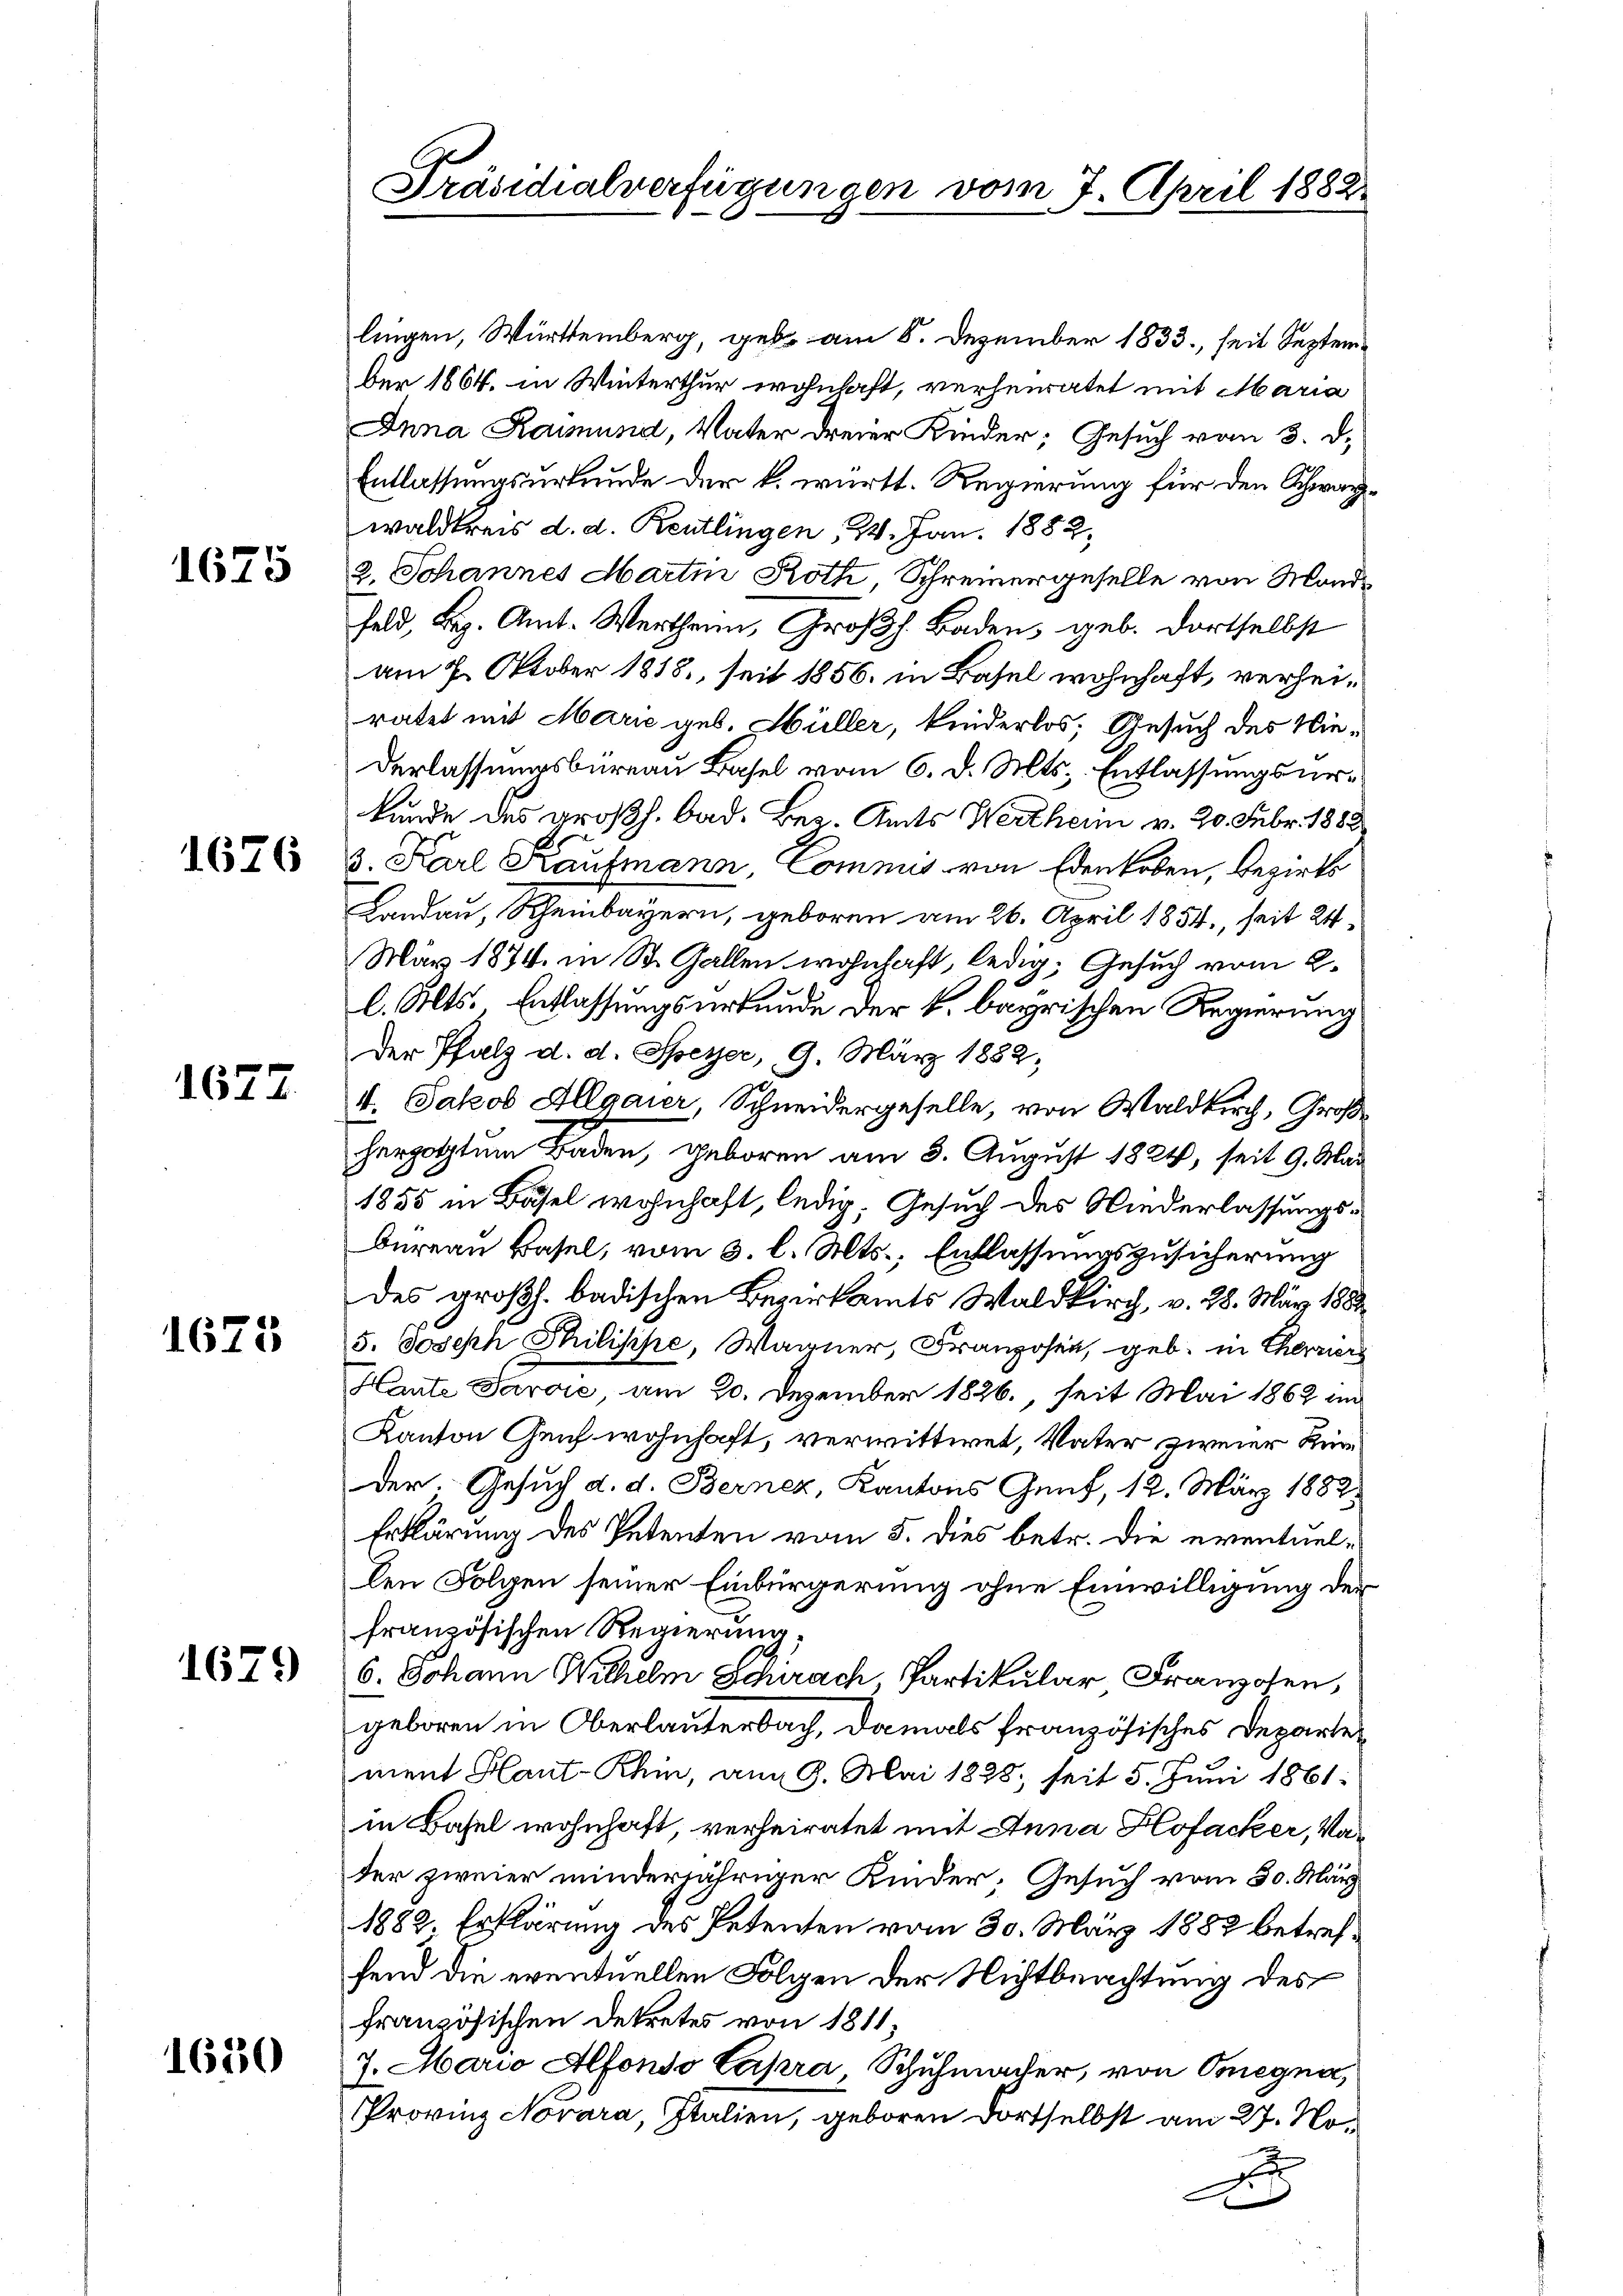
1675

1626

1677

1623

1679

1630

Präsidialverfügungen vom 7. April 1882.

lingen, Württemberg, geb. am 6. Dezember 1833., seit September 1864. in Winterthur wohnhaft, verheiratet mit Maria
Inna Raimund, Vater dreier Kinder; Gesuch vom 3. d.
Entlassungsurkunde der k. württ. Regierung für den Schwarzwaldkreis d. d. Reutlingen 24. Jan. 1882,
2. Johannes Martin Roth, Schreinergeselle von Mondfeld, Bez. Amt-Werthann, Großh. Baden, geb. dortselbst
am 7. Oktober 1818., seit 1856. in Basel wohnhaft, verheiratet mit Marie geb. Hüller, kinderlos; Gesuch des Niederlassungsbureau Basel vom 6. d. Mts. Entlassungsurkunde des großh. bad. Bez. Amts Wertheim v. 20. Febr. 1888
3. Karl Kaufmann, Commis von Edenloben, Bezirks
Landau, Scheinbayern, geboren am 26. April 1854., seit 24.
Mär 1874. in St. Gallen wohnhaft, ledig, Gesuch vom 2.
l. Alts. Entlassungsurkunde der k. bayrischen Regierung
Der Pfalz d. d. Speyer, 9. März 1882,
4. Jakob Allgaier Schneidergeselle, von Waldkirch, Groß
herzogtum Baden, geboren am 3. August 1824, seit 9. Mar
1855 in Basel wohnhaft, ledig. Gesuch des Niederlassungs¬
Bureau Basel, vom 3. l. Mts., Entlassungszusicherung
des großh. badischen Bezirksamts Waldkirch, v. 28. März 1888
5. Joseph Philisipe, Warner, Franzosen, geb. in Cherziers
Haute Paraić am 20. Dezember 1826., seit Mai 1862 und
Kanton Genf wohnhaft, verwittwet, Vater zweier Rümder. Gesuch d. d. Bernez, Kantons Genf, 12. März 1882
Erklärung des Petenten vom 5. dies betr. die eventuellen Folgen seiner Einbürgerung ohne Einwilligung der
französischen Regierung,
6. Johann Wilhelm Schirach Partikular Franzosen,
geboren in Oberlauterbach, damals französisches Departement Haut-Rhin, am 9. Mai 1828, seit 5. Juni 1861:
in Basel wohnhaft verheiratet mit Anna Hofacker, Vater zweier minderjähriger Kinder, Gesuch vom 30. März
1882. Erklärung des Petenten vom 30. März 1882 betreffend die eventuellen Folgen der Nichtbeachtung des
französischen Dekretes von 1811;
7. Mario Alfondo Capra, Schuhmacher, von Osegna,
Provinz Novara, Italien, geboren dortselbst am 27. Nox
x